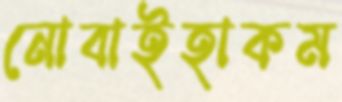
নোবাইহাকম